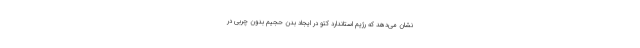
نشان می‌دهد که رژیم استاندارد کتو در ایجاد بدن حجیم بدون چربی در